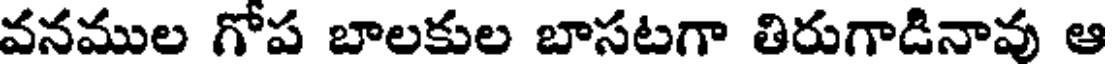
వనముల గోప బాలకుల బాసటగా తిరుగాడినావు ఆ